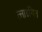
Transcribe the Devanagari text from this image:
त्लाइंगित